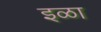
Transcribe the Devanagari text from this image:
इळा